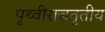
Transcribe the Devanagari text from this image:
पृथ्वीराजतृतीय